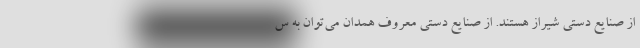
از صنایع دستی شیراز هستند. از صنایع دستی معروف همدان می‌توان به س